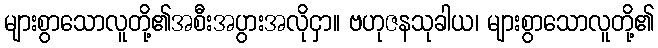
များစွာသောလူတို့၏အစီးအပွားအလိုငှာ။ ဗဟုဇနသုခါယ၊ များစွာသောလူတို့၏